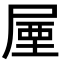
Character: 𡲙